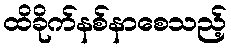
ထိခိုက်နစ်နာစေသည့်